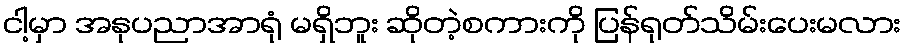
ငါ့မှာ အနုပညာအာရုံ မရှိဘူး ဆိုတဲ့စကားကို ပြန်ရုတ်သိမ်းပေးမလား